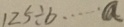
1 2 5 \div b \cdots a